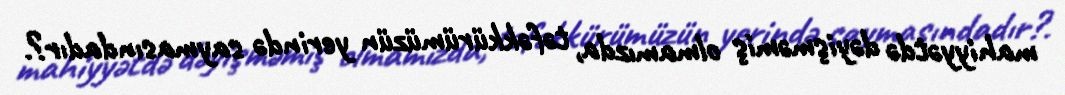
mahiyyətdə dəyişməmiş olmamızda, təfəkkürümüzün yerində saymasındadır?.